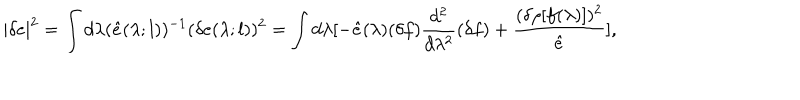
| \delta e | ^ { 2 } = \int d \lambda ( { \hat { e } } ( \lambda ; l ) ) ^ { - 1 } ( \delta e ( \lambda ; l ) ) ^ { 2 } = \int d \lambda [ - { \hat { e } } ( \lambda ) ( \delta f ) { \frac { d ^ { 2 } } { d \lambda ^ { 2 } } } ( \delta f ) + { \frac { ( \delta \rho [ f ( \lambda ) ] ) ^ { 2 } } { { \hat { e } } } } ] ,